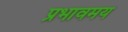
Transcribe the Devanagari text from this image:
प्रभावमय